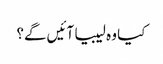
کیا وہ لیبیا آئیں گے؟